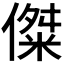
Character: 𪝨